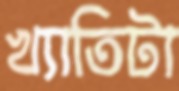
খ্যাতিটা